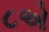
૮એ